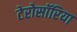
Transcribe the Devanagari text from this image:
टेरोसॉरिया